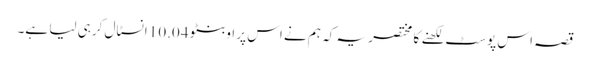
قصہ اس پوسٹ لکھنے کا مختصر یہ کہ ہم نے اس پر اوبنٹو 10.04 انسٹال کرہی لیا ہے۔